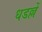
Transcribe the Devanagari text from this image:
धडल्लें